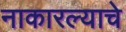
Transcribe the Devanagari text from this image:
नाकारल्याचे